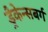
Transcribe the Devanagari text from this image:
ड्रैकेन्सबर्ग